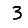
Digit: 3